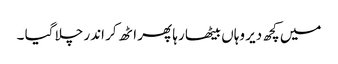
میں کچھ دیر وہاں بیٹھا رہا پھر اٹھ کر اندر چلا گیا ۔